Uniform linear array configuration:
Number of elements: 32
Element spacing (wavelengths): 0.5
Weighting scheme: blackman
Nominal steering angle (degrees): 15
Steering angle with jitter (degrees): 13.35
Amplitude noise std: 0.05
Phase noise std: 0.05

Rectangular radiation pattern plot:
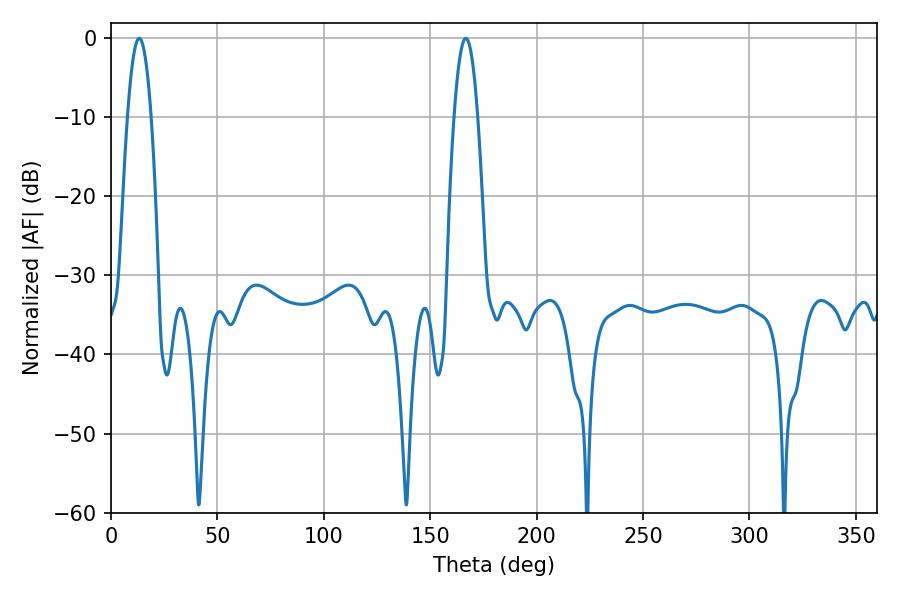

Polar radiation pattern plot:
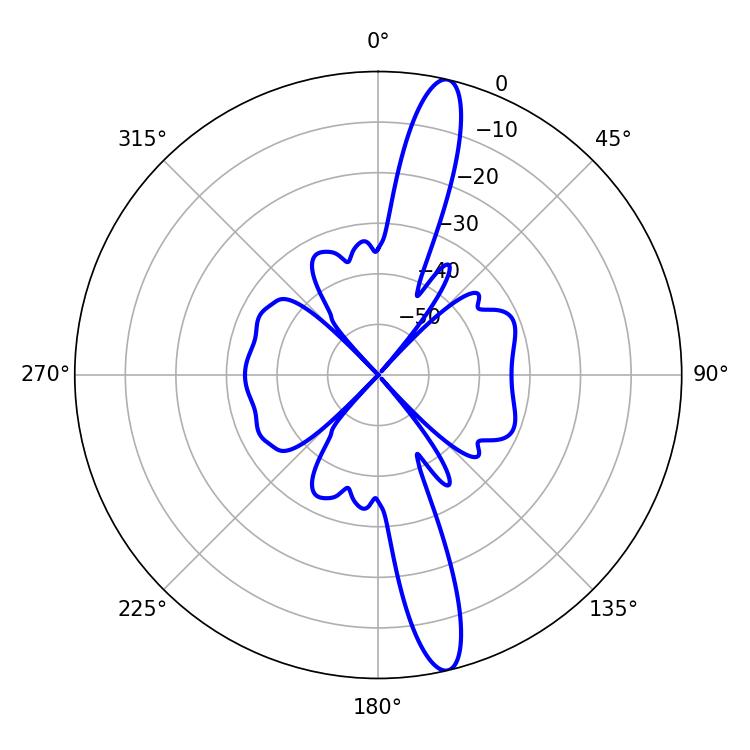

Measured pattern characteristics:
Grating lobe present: FALSE
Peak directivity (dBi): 15.772
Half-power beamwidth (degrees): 6.12
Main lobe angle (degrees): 13.32